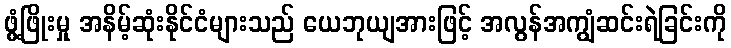
ဖွံ့ဖြိုးမှု အနိမ့်ဆုံးနိုင်ငံများသည် ယေဘုယျအားဖြင့် အလွန်အကျွံဆင်းရဲခြင်းကို